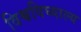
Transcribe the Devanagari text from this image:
विश्वविघ्याल्य